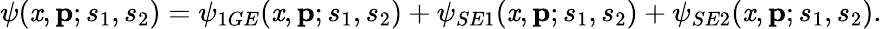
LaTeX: \psi(\mathit{x},{\mathbf{p}};s_{1},s_{2})=\psi_{1GE}(\mathit{x},{\mathbf{p}};s_{1},s_{2})+\psi_{SE1}(\mathit{x},{\mathbf{p}};s_{1},s_{2})+\psi_{SE2}(\mathit{x},{\mathbf{p}};s_{1},s_{2}).